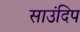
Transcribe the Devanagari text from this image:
साउंदिप